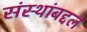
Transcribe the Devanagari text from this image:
संस्थांबद्दल